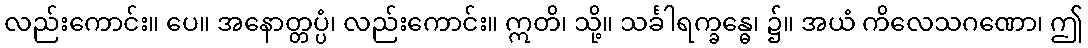
လည်းကောင်း။ ပေ။ အနောတ္တပ္ပံ၊ လည်းကောင်း။ ဣတိ၊ သို့။ သင်္ခါရက္ခန္ဓေ၊ ၌။ အယံ ကိလေသဂဏော၊ ဤ